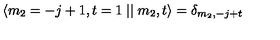
\langle m _ { 2 } = - j + 1 , t = 1 \mid \mid m _ { 2 } , t \rangle = \delta _ { m _ { 2 } , - j + t }